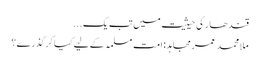
‏قندھار کی حیثیت میں تب یک ...
ملا محمد عمر مجاہد: امت مسلمہ کے لیے کیا کرگذرے؟